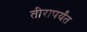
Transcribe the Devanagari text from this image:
तीरापर्यंत